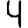
Digit: 4